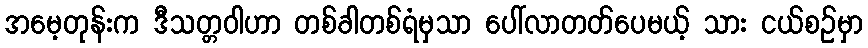
အမေ့တုန်းက ဒီသတ္တဝါဟာ တစ်ခါတစ်ရံမှသာ ပေါ်လာတတ်ပေမယ့် သား ငယ်စဉ်မှာ